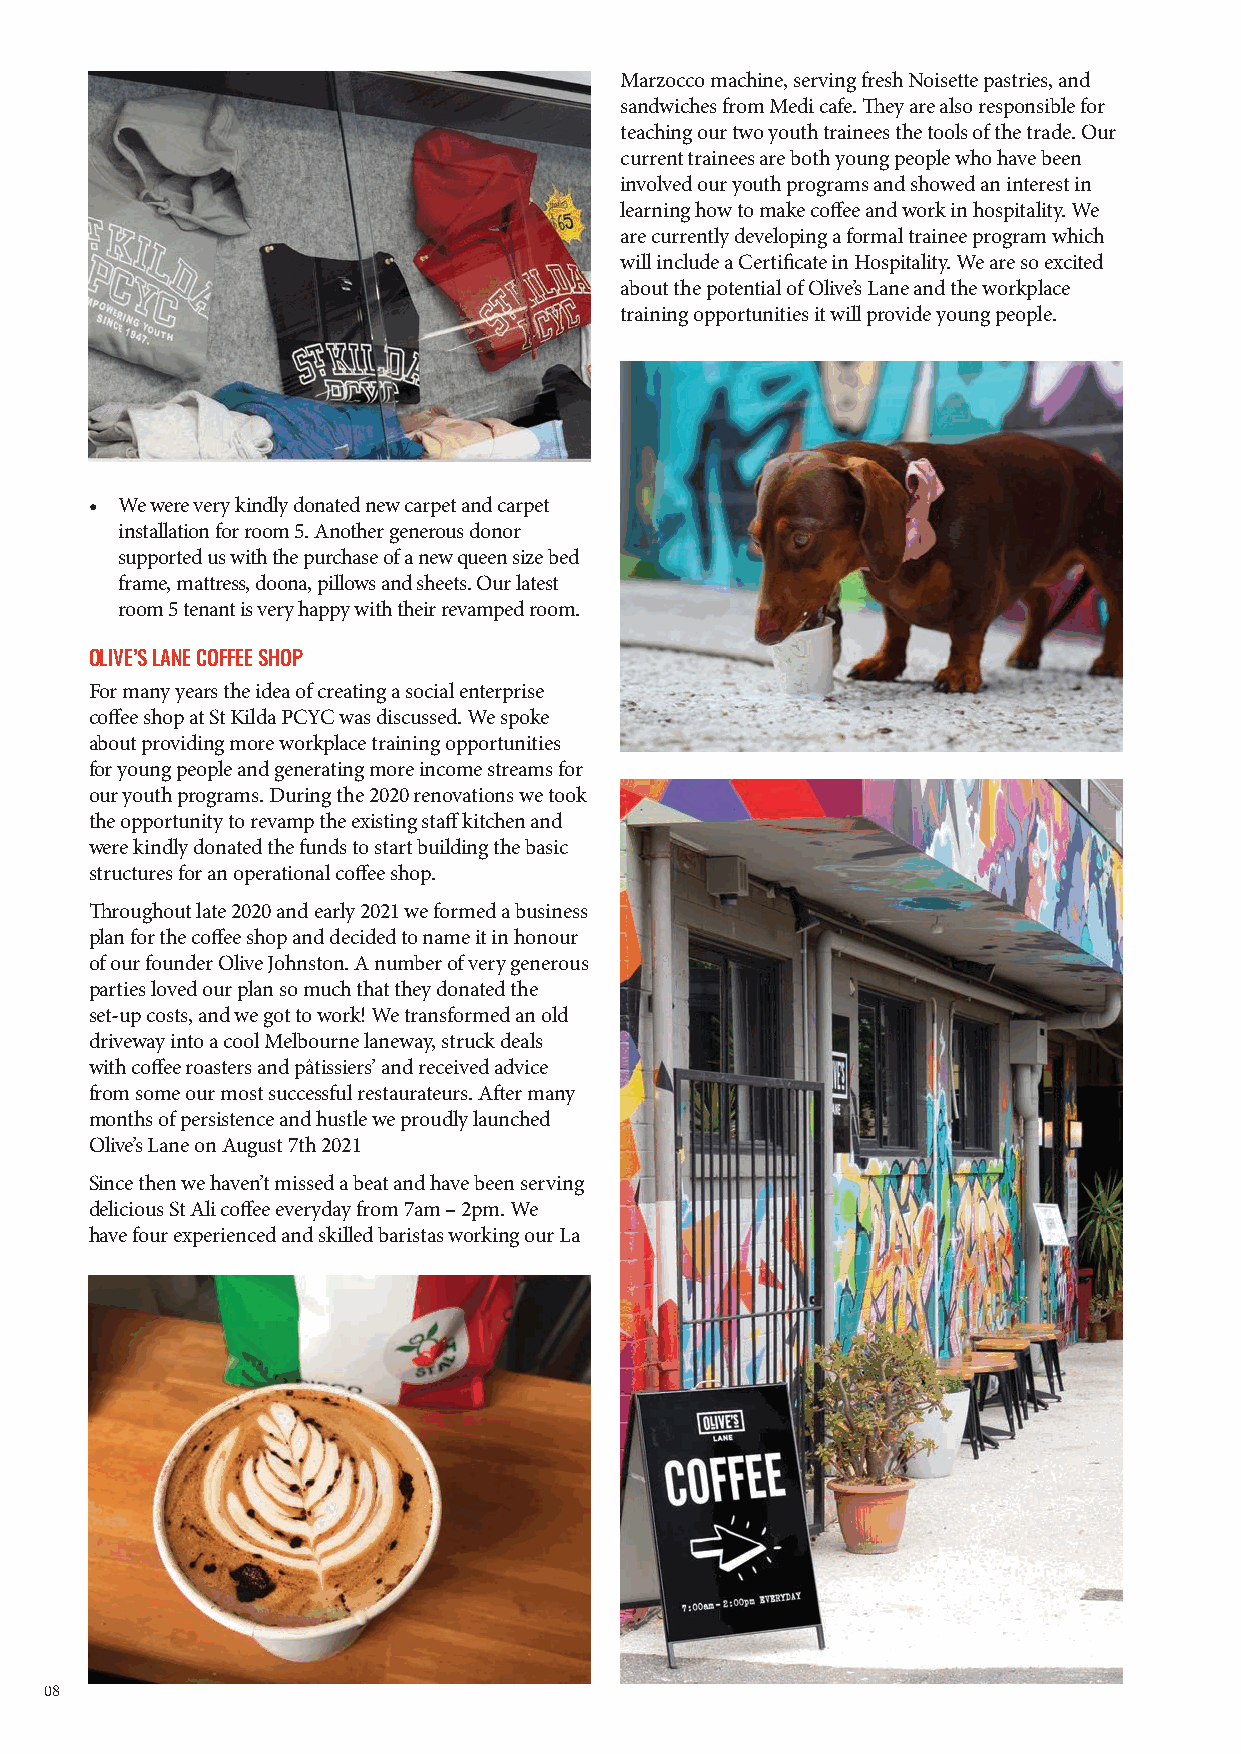
Marzocco machine, serving fresh Noisette pastries, and
 sandwiches from Medi cafe. They are also responsible for
 teaching our two youth trainees the tools of the trade. Our
 current trainees are both young people who have been
 involved our youth programs and showed an interest in
 learning how to make coffee and work in hospitality. We
 are currently developing a formal trainee program which
 will include a Certificate in Hospitality. We are so excited
 about the potential of Olive’s Lane and the workplace
 training opportunities it will provide young people.
 • We were very kindly donated new carpet and carpet
 installation for room 5. Another generous donor
 supported us with the purchase of a new queen size bed
 frame, mattress, doona, pillows and sheets. Our latest
 room 5 tenant is very happy with their revamped room.
 OLIVE’S LANE COFFEE SHOP
 For many years the idea of creating a social enterprise
 coffee shop at St Kilda PCYC was discussed. We spoke
 about providing more workplace training opportunities
 for young people and generating more income streams for
 our youth programs. During the 2020 renovations we took
 the opportunity to revamp the existing staff kitchen and
 were kindly donated the funds to start building the basic
 structures for an operational coffee shop.
 Throughout late 2020 and early 2021 we formed a business
 plan for the coffee shop and decided to name it in honour
 of our founder Olive Johnston. A number of very generous
 parties loved our plan so much that they donated the
 set-up costs, and we got to work! We transformed an old
 driveway into a cool Melbourne laneway, struck deals
 with coffee roasters and pâtissiers’ and received advice
 from some our most successful restaurateurs. After many
 months of persistence and hustle we proudly launched
 Olive’s Lane on August 7th 2021
 Since then we haven’t missed a beat and have been serving
 delicious St Ali coffee everyday from 7am – 2pm. We
 have four experienced and skilled baristas working our La
 08